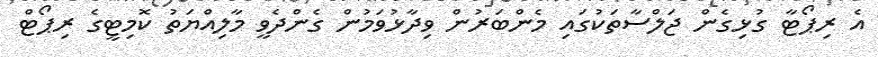
އެ ރިޕޯޓާ ގުޅިގެން ޖަލްސާތަކުގައި މެންބަރުން ވިދާޅުވަމުން ގެންދެވީ މާލިއްޔަތު ކޮމިޓީގެ ރިޕޯޓް